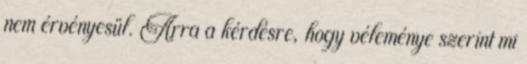
nem érvényesül. Arra a kérdésre, hogy véleménye szerint mi